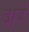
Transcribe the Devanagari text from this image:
ढा़बे